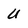
Character: U